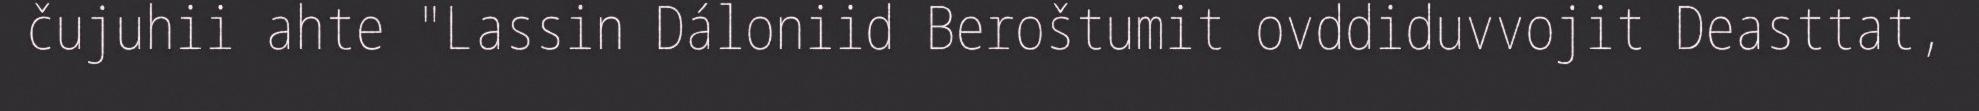
čujuhii ahte "Lassin Dáloniid Beroštumit ovddiduvvojit Deasttat,